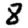
Digit: 8